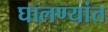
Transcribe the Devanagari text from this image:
घालण्यांत